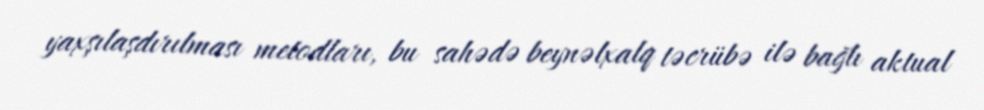
yaxşılaşdırılması metodları, bu sahədə beynəlxalq təcrübə ilə bağlı aktual